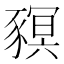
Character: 𧱴